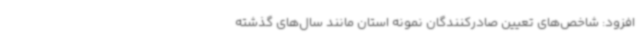
افزود: شاخص‌های تعیین صادرکنندگان نمونه استان مانند سال‌های گذشته